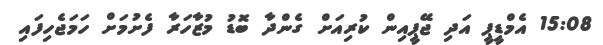
15:08 އެމްޑީޕީ އަދި ޖޭޕީއިން ކުރިއަށް ގެންދާ ބޮޑު މުޒާހަރާ ފެށުމަށް ހަމަޖެހިފައި